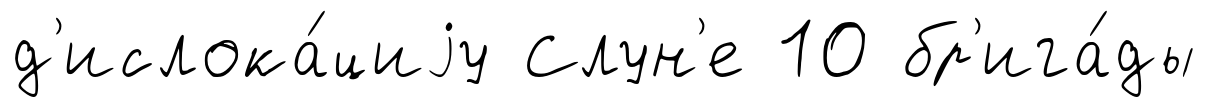
д'ислока́циjу Слун'е 10 бр'ига́ды